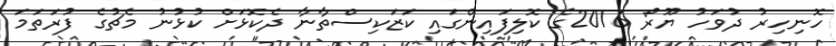
ހޮނިހިރު ދުވަހު ޔޫރޯ 2016ގެ ކޮލިފައިންގައި ކަޒަކިސްތާނާ ދެކޮޅަށް ކުޅުނު މެޗުގެ ފުރަތަމަ